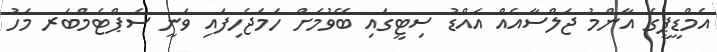
އެމްޑީޕީގެ އާންމު ޖަލްސާއެއް އައްޑު ސިޓީގައި ބޭވުމަށް ހަމަޖެހިފައި ވަނީ ސެޕްޓެމްބަރ މަހު